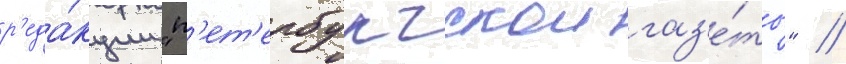
р'еда́кции "п'ет'ербургскои газ'е́ты" //